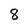
Character: 8